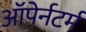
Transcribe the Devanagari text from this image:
ऑपेर्नटर्म